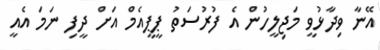
އޭނާ ވިދާޅުވީ މަޖިލީހުން އެ ފުރުސަތު ޕީޕީއެމް އަށް ދީފި ނަމަ އެއީ